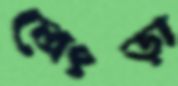
লেংড়া